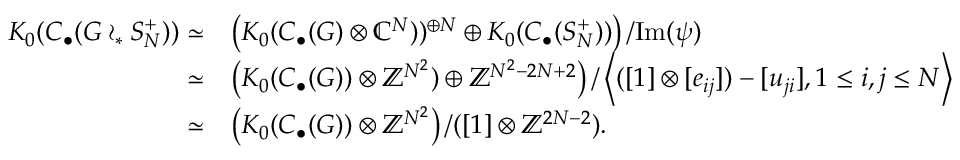
\begin{array} { r l } { K _ { 0 } ( C _ { \bullet } ( G \wr _ { * } S _ { N } ^ { + } ) ) \simeq } & { \left( K _ { 0 } ( C _ { \bullet } ( G ) \otimes \mathbb { C } ^ { N } ) ) ^ { \oplus N } \oplus K _ { 0 } ( C _ { \bullet } ( S _ { N } ^ { + } ) ) \right) / \mathrm { I m } ( \psi ) } \\ { \simeq } & { \left( K _ { 0 } ( C _ { \bullet } ( G ) ) \otimes \mathbb { Z } ^ { N ^ { 2 } } ) \oplus \mathbb { Z } ^ { N ^ { 2 } - 2 N + 2 } \right) / \left< ( [ 1 ] \otimes [ e _ { i j } ] ) - [ u _ { j i } ] , 1 \leq i , j \leq N \right> } \\ { \simeq } & { \left( K _ { 0 } ( C _ { \bullet } ( G ) ) \otimes \mathbb { Z } ^ { N ^ { 2 } } \right) / ( [ 1 ] \otimes \mathbb { Z } ^ { 2 N - 2 } ) . } \end{array}